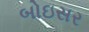
બોઇસર